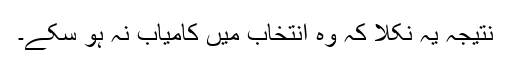
نتیجہ یہ نکلا کہ وہ انتخاب میں کامیاب نہ ہو سکے۔